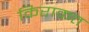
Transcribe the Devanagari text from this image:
किराकत